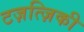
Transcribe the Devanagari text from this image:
टज़त्ज़िकी